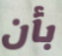
بأن